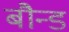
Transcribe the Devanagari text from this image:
बौन्ड